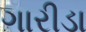
ગારીડા